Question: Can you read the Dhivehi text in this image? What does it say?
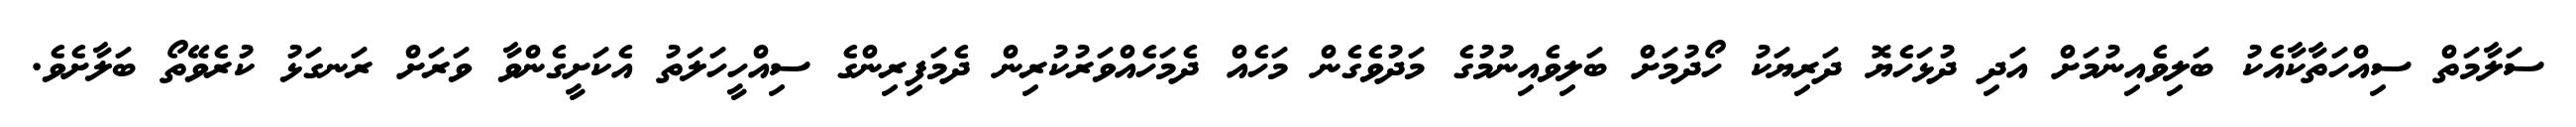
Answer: ސަލާމަތް ސިއްހަތާކާއެކު ބަލިވެއިނުމަށް އަދި ދުޅަހެޔޮ ދަރިޔަކު ހޯދުމަށް ބަލިވެއިނުމުގެ މަދުވެގެން މަހެއް ދެމަހެއްވަރުކުރިން ދެމަފިރިންގެ ސިއްހީހަލަތު އެކަށީގެންވާ ވަރަށް ރަނގަޅު ކުރެވޭތޯ ބަލާށެވެ.